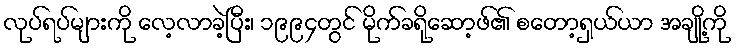
လုပ်ရပ်များကို လေ့လာခဲ့ပြီး၊ ၁၉၉၄တွင် မိုက်ခရိုဆော့ဖ်၏ စတော့ရှယ်ယာ အချို့ကို